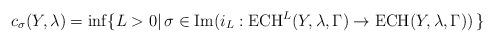
LaTeX: \begin{align*} c_{\sigma}(Y,\lambda)=\inf\{L>0 |\, \sigma \in \mathrm{Im}(i_{L}:\mathrm{ECH}^{L}(Y,\lambda,\Gamma) \to \mathrm{ECH}(Y,\lambda,\Gamma))\, \}\end{align*}